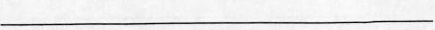
___